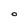
Character: o